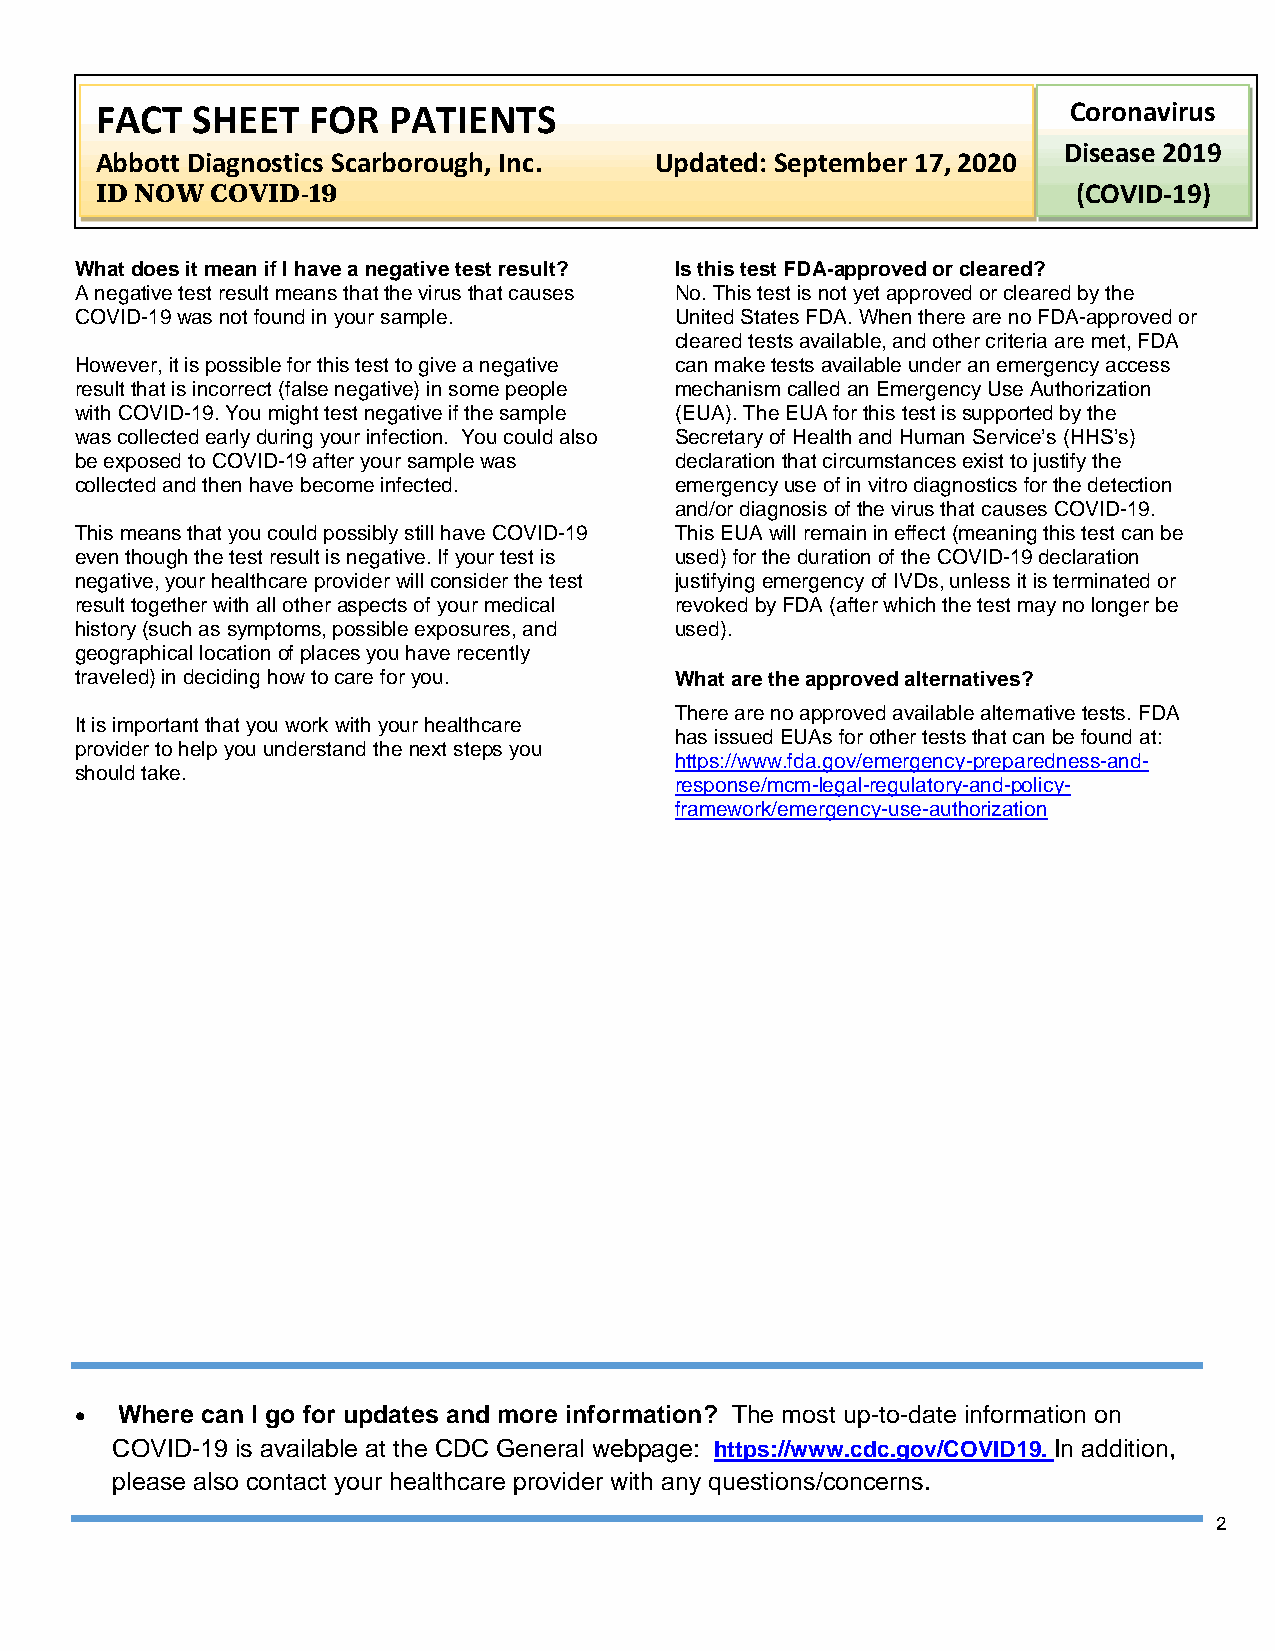
FACT   SHEET  FOR   PATIENTS                                     Coronavirus
 Disease 2019
 Abbott Diagnostics Scarborough, Inc. Updated: September 17, 2020
 ID NOW  COVID-19                                                 (COVID-19)
 What does it mean if I have a negative test result? Is this test FDA-approved or cleared?
 A negative test result means that the virus that causes No. This test is not yet approved or cleared by the
 COVID-19 was not found in your sample.  United States FDA. When there are no FDA-approved or
 cleared tests available, and other criteria are met, FDA
 However, it is possible for this test to give a negative can make tests available under an emergency access
 result that is incorrect (false negative) in some people mechanism called an Emergency Use Authorization
 with COVID-19. You might test negative if the sample (EUA). The EUA for this test is supported by the
 was collected early during your infection. You could also Secretary of Health and Human Service’s (HHS’s)
 be exposed to COVID-19 after your sample was declaration that circumstances exist to justify the
 collected and then have become infected. emergency use of in vitro diagnostics for the detection
 and/or diagnosis of the virus that causes COVID-19.
 This means that you could possibly still have COVID-19 This EUA will remain in effect (meaning this test can be
 even though the test result is negative. If your test is used) for the duration of the COVID-19 declaration
 negative, your healthcare provider will consider the test justifying emergency of IVDs, unless it is terminated or
 result together with all other aspects of your medical revoked by FDA (after which the test may no longer be
 history (such as symptoms, possible exposures, and used).
 geographical location of places you have recently
 traveled) in deciding how to care for you. What are the approved alternatives?
 There are no approved available alternative tests. FDA
 It is important that you work with your healthcare
 has issued EUAs for other tests that can be found at:
 provider to help you understand the next steps you
 https://www.fda.gov/emergency-preparedness-and-
 should take.
 response/mcm-legal-regulatory-and-policy-
 framework/emergency-use-authorization
 •  Where can I go for updates and more information? The most up-to-date information on
 COVID-19 is available at the CDC General webpage: https://www.cdc.gov/COVID19. In addition,
 please also contact your healthcare provider with any questions/concerns.
 2